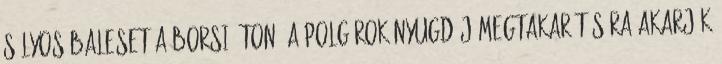
Súlyos baleset a Borsi úton „A polgárok nyugdíj-megtakarítására akarják